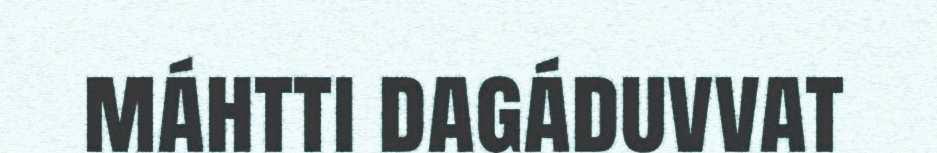
máhtti dagáduvvat